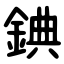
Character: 錪